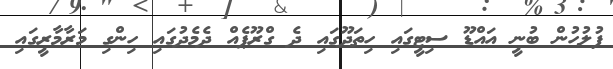
ފުލުހުން ބުނީ އައްޑޫ ސިޓީގައި ހިތަދޫގައި ދެ ގްރޫޕެއް ދެމެދުގައި ހިންގި މަރާމާރީގައި